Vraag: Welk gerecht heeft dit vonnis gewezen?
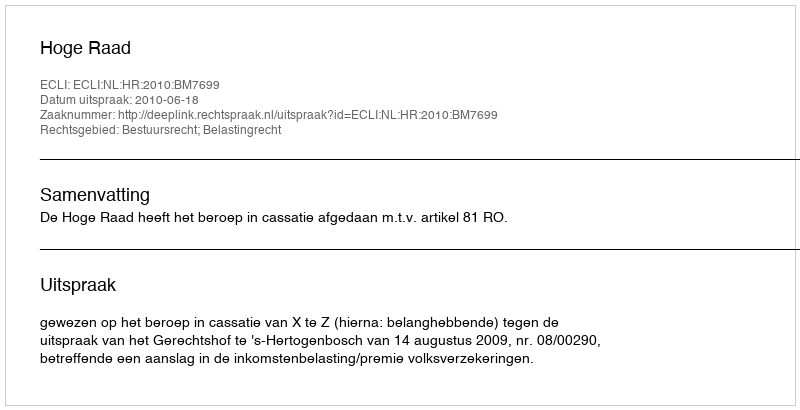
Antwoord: Hoge Raad